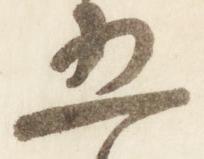
五